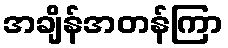
အချိန်အတန်ကြာ